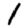
Digit: 1